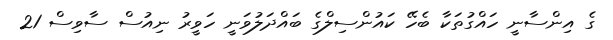
ގެ އިންސާނީ ހައްގުތަކާ ބެހޭ ކައުންސިލްގެ ބައްދަލުވަނީ ހަވީރު ނިއުސް ސާވިސް 21